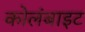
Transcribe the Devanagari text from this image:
कोलंबाइट